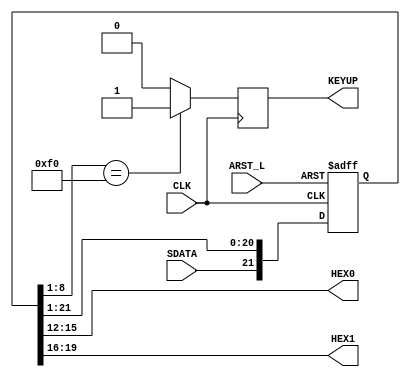
`timescale 1ns / 1ps
//////////////////////////////////////////////////////////////////////////////////
// Company: Western Washington University 
// 
// Design Name: AnthonyNeedles_KBDecoder
// Module Name: KBDecoder
// Project Name: Project 
// Description: Implements a shift register to hold 22 bits of data,
// outputs two hex values based of certain bits of the shift register, 
// shifts in SDATA from KB and send out strobe upon reading an "F0"
//
//////////////////////////////////////////////////////////////////////////////////

module KBDecoder(
    input CLK,
    input SDATA,
    input ARST_L,
    output [3:0] HEX0,
    output [3:0] HEX1,
    output reg KEYUP
    );
    
wire arst_i, rollover_i;
//reg [4:0] SREG;
reg [21:0] Shift;

assign arst_i = ~ARST_L;
// These two hex values are constantly sampled 
// from their respective places in the shift register
assign HEX0[3:0] = Shift[15:12];
assign HEX1[3:0] = Shift[19:16];
//assign rollover_i = (SREG[4] & SREG[2] & SREG[0]) ? 1'b1 : 1'b0;

//always @(negedge CLK or posedge arst_i) begin
//    if(arst_i)
//        SREG <= 5'b00000;
//    else if (rollover_i)
//        SREG <= 5'b00000;
//    else
//        SREG <= SREG + 1;
//end

// Right shifting shift register
always @(negedge CLK or posedge arst_i) begin;
    if(arst_i)begin
        Shift <= 22'b0000000000000000000000;
    end
    else begin
        Shift <= {SDATA, Shift[21:1]}; 
    end
end

//If a value of F0 is found in [8:1] then a pulse is sent indicating a keyup
always @(posedge CLK) begin
    if(Shift[8:1] == 8'hF0) begin
        KEYUP <= 1'b1;
    end
    else begin
        KEYUP <= 1'b0;
    end    
end    

endmodule